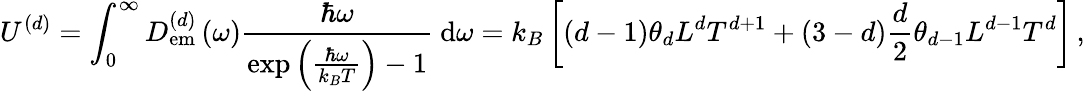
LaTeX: U^{\left(d\right)}=\int_{0}^{\infty}D_{\mathrm{em}}^{\left(d\right)}\left(\omega\right)\frac{\hbar\omega}{\exp\left(\frac{\hbar\omega}{k_{B}T}\right)-1}~\mathrm{d}\omega=k_{B}\left[\left(d-1\right)\theta_{d}L^{d}T^{d+1}+\left(3-d\right)\frac{d}{2}\theta_{d-1}L^{d-1}T^{d}\right]\, ,